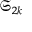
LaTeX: { \mathfrak { S } } _ { 2 k }